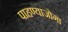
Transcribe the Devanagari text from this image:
पाहण्याजोगा